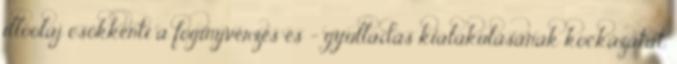
illóolaj csökkenti a fogínyvérzés és - gyulladás kialakulásának kockázatát.